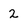
Character: 2